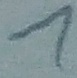
Text: 1